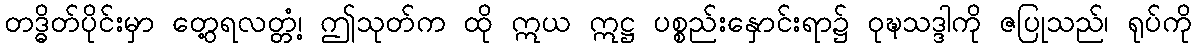
တဒ္ဓိတ်ပိုင်းမှာ တွေ့ရလတ္တံ့၊ ဤသုတ်က ထို ဣယ ဣဋ္ဌ ပစ္စည်းနှောင်းရာ၌ ဝုဍ္ဎသဒ္ဒါကို ဇပြုသည်၊ ရုပ်ကို